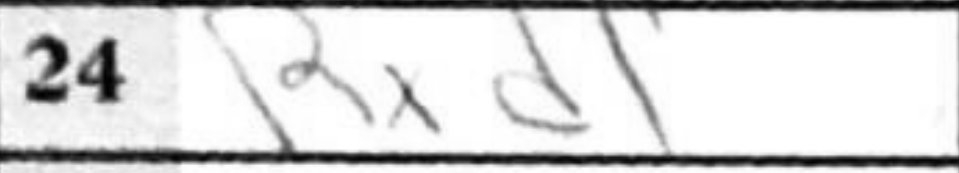
Transcription: Rxd1